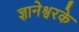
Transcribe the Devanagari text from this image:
ज्ञानेश्वरके